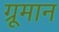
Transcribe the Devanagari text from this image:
ग्रूमान